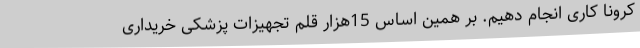
کرونا کاری انجام دهیم. بر همین اساس 15هزار قلم تجهیزات پزشکی خریداری